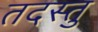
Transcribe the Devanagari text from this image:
तदस्तु